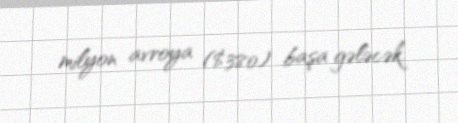
milyon avroya ($380) başa gələcək.